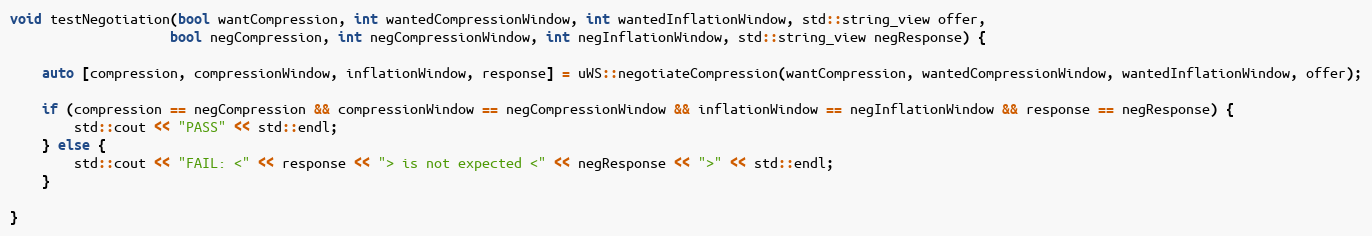
Language: C++
void testNegotiation(bool wantCompression, int wantedCompressionWindow, int wantedInflationWindow, std::string_view offer,
                    bool negCompression, int negCompressionWindow, int negInflationWindow, std::string_view negResponse) {

    auto [compression, compressionWindow, inflationWindow, response] = uWS::negotiateCompression(wantCompression, wantedCompressionWindow, wantedInflationWindow, offer);

    if (compression == negCompression && compressionWindow == negCompressionWindow && inflationWindow == negInflationWindow && response == negResponse) {
        std::cout << "PASS" << std::endl;
    } else {
        std::cout << "FAIL: <" << response << "> is not expected <" << negResponse << ">" << std::endl;
    }

}